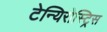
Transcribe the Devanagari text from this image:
टेन्यिरोस्ट्रिस